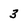
Character: 3